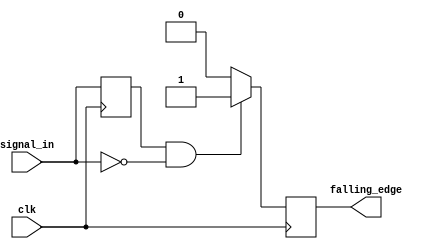
module falling_edge_detector (
    input wire clk,          // Clock input
    input wire signal_in,    // Input signal to detect falling edge
    output reg falling_edge   // Output signal indicating falling edge
);

    reg previous_state;      // Register to hold the previous state of the input signal

    // Sequential logic to detect falling edge
    always @(posedge clk) begin
        // Compare current state with previous state
        if (previous_state == 1'b1 && signal_in == 1'b0) begin
            falling_edge <= 1'b1; // Falling edge detected, set output high
        end else begin
            falling_edge <= 1'b0; // No falling edge, set output low
        end
        
        // Update previous state for the next clock cycle
        previous_state <= signal_in;
    end

endmodule